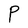
Character: P